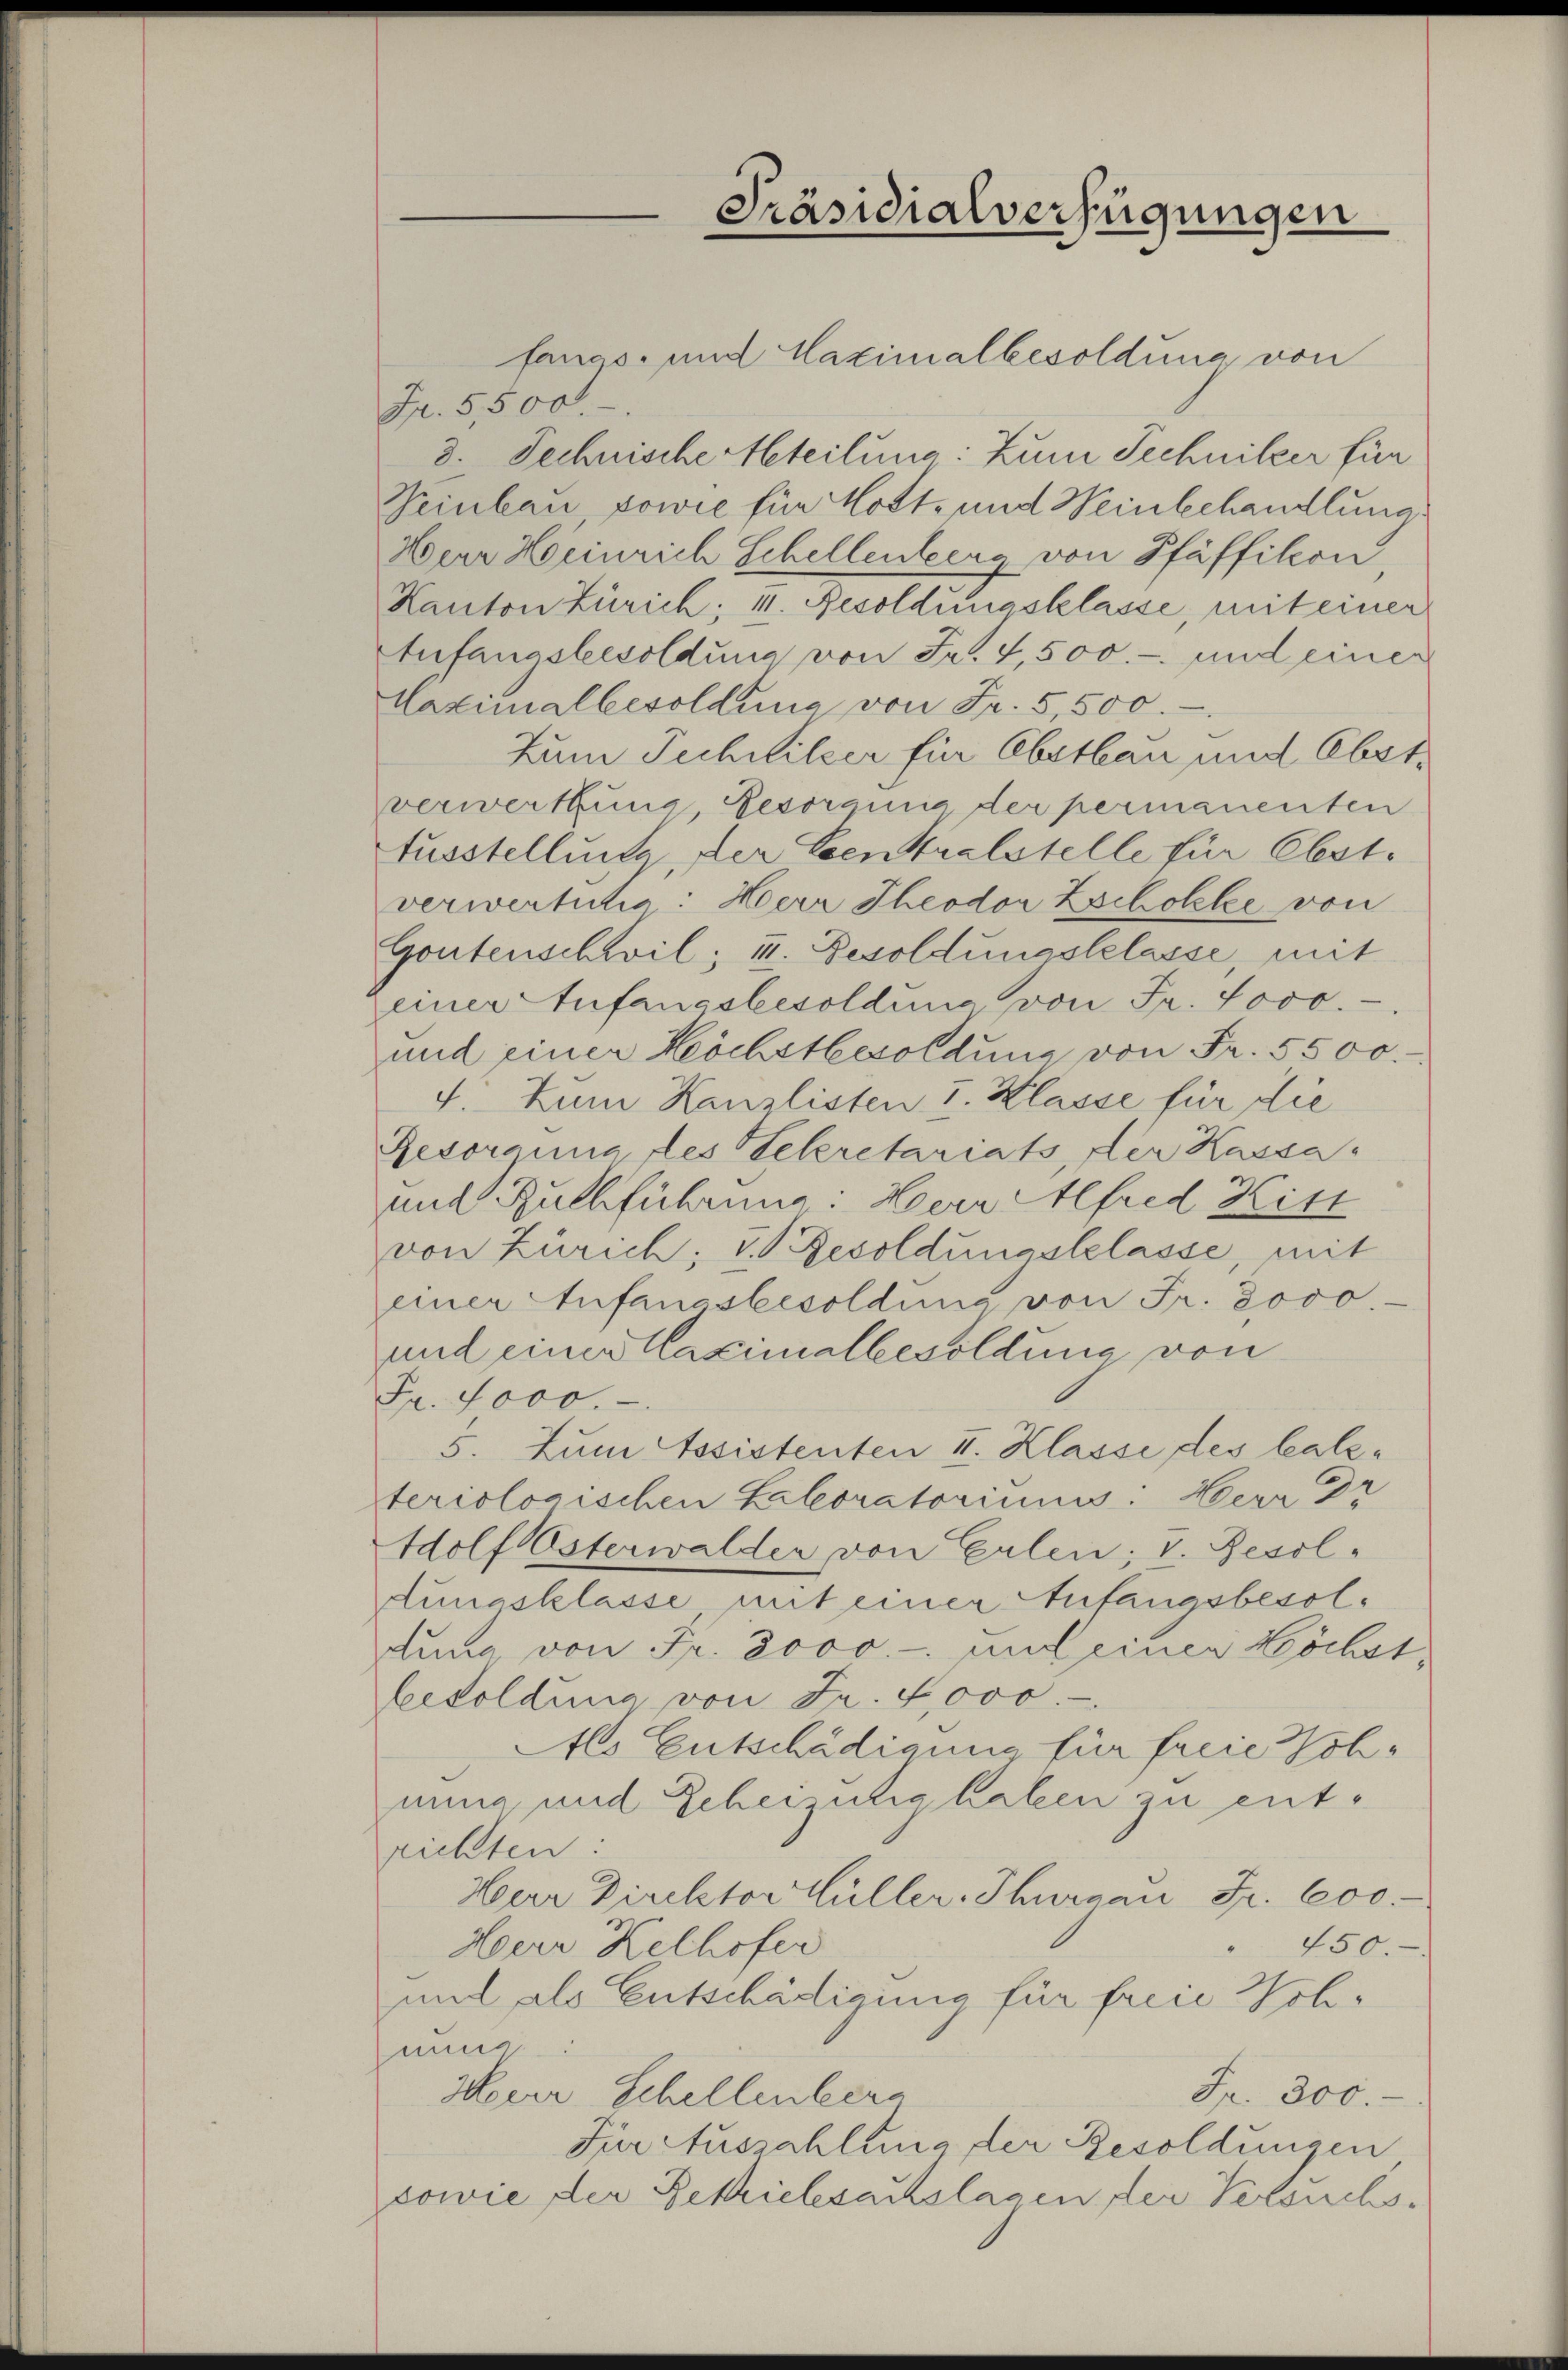
Präsidialverfügungen

fanco- und Maximalbesoldung von
Fr. 5500.
3. Technische teilung: Zum Technitzer für
Teinbau sowie für Mott- und Weinbehandlung.
Herr Heinrich Schellenberg von Pfäffikon
Kanton Zürich; 4. Resoldungsklasse, mit einer
tefangsbesoldung von Fr. 4,500.- und einer
Maximalbesoldung von Fr. 5,500.
Zum Tuchliker für Obstbau und Obstverwerfung, besorgnis der permanenten
fusstelluite der Centralstelle für Ebst.
verwertitia: Herr Theodor Zscholle von
Gontenschwil; II. Besoldungsklasse, mit
einer Stufangsbesoldung von Fr. 4000.
und einer Höchstbesoldung von Fr. 5500.
4. Zum Kanzlisten I. Klasse für die
Gesorgung des Sekretariats, der Kassa
und Zuchführung: Herr Alfred Kist
von Zürich; u. Resoldungsklasse, mit
einer Anfangsbesoldung von Fr. 2000.
und einer Maximalbesoldung von
Fr. 1000.
5. Zum Assistenten II. Klasse des Salzsteriologischen Laboratoriums: Herr Dr
Adolf Osterwalder von Erlen; V. Besoldungsklasse, mit einer Aufangsbesoldung von Fr. 8000.- und einer Höchstbesoldung von Fr. 4000.-
Als Entschädigung für freie Sohnung und Scheinung haben zu entrichten:
Herr Direktor Hüller, Thurgau Fr. 600.
450.
Herr Kelhofer
und als Entschädigung für freie Wohmie
Fr. 300.
Merer Schellenberg
Für Auszahlung der Besoldungen
sowie der Betrielesauslagen, der Versuchs¬